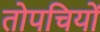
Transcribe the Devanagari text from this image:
तोपचियों